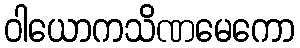
ဝါယောကသိဏမေကော